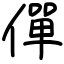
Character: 僤